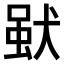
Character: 𤟩